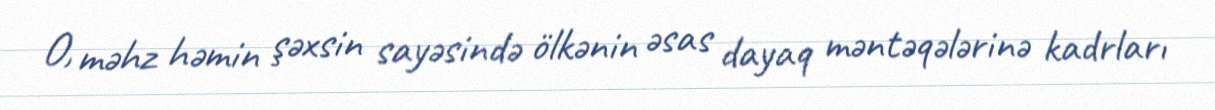
O, məhz həmin şəxsin sayəsində ölkənin əsas dayaq məntəqələrinə kadrları